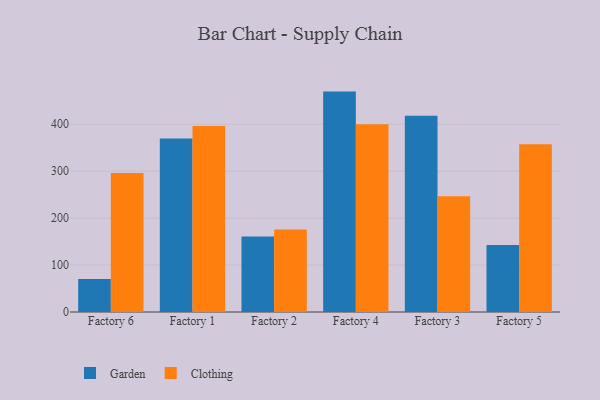
{"axis": {"x": "Factory", "y": "Shipments"}, "legend": ["Clothing", "Garden"], "data": [{"x": "Factory 6", "y": 70.1, "type": "Garden"}, {"x": "Factory 6", "y": 296.3, "type": "Clothing"}, {"x": "Factory 1", "y": 369.6, "type": "Garden"}, {"x": "Factory 1", "y": 396.5, "type": "Clothing"}, {"x": "Factory 2", "y": 160.8, "type": "Garden"}, {"x": "Factory 2", "y": 175.7, "type": "Clothing"}, {"x": "Factory 4", "y": 469.6, "type": "Garden"}, {"x": "Factory 4", "y": 400.2, "type": "Clothing"}, {"x": "Factory 3", "y": 417.9, "type": "Garden"}, {"x": "Factory 3", "y": 246.7, "type": "Clothing"}, {"x": "Factory 5", "y": 142.9, "type": "Garden"}, {"x": "Factory 5", "y": 357.4, "type": "Clothing"}]}